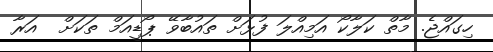
ހިގައްޖެ. މާތް ކަލާކޯ އަމިއްލަ ފުޅަށް ތައުބާވޭ ޕޯޑީއަމް ތަކަށް  އަރާ